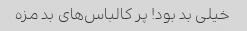
خیلی بد بود! پر کالباس‌های بد مزه